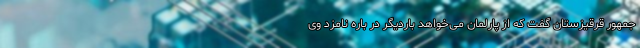
جمهور قرقیزستان گفت که از پارلمان می‌خواهد باردیگر در باره نامزد وی